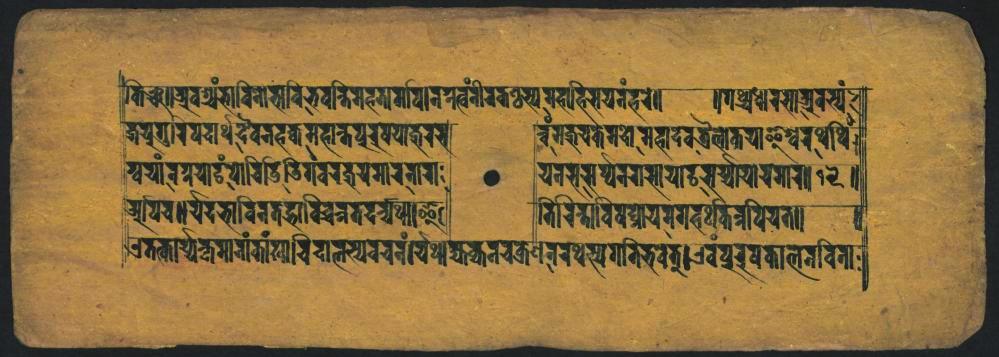
𑐟𑐶𑐘𑑂𑐔𑑌𑐊𑐰𑐱𑑂𑐫𑑄𑐨𑐵𑐰𑐶𑐱𑑀𑐳𑑂𑐳𑐰𑐶𑐨𑐰𑐣𑑂𑐲𑐶𑐩𑐴𑐣𑑂𑐥𑐬𑐩𑐰𑐵𑐣𑑂𑐳𑐟𑑂𑐰𑑄𑐐𑐷𑐬𑐟𑑂𑐰𑐳𑑂𑐫𑐩𑐟𑑂𑐰𑐵𑐴𑐶𑐮𑐫𑐣𑑄𑑂𑐴𑐬𑐾𑑌 𑐖𑐫𑐸𑐐𑑂𑐬𑑋𑐥𑐔𑐵𑐬𑑂𑐠𑐡𑐿𑐰𑐣𑐴𑐎𑑂𑐰𑐩𑐴𑐵𑐟𑑂𑐟𑐥𑐸𑐬𑐲𑐫𑐵𑐖𑐬𑐬 𑐩𑑂𑐧𑐫𑐵𑑄𑐐𑑂𑐬𑐫𑐵𑐝𑑄𑐥𑑀𑐬𑐶𑐡𑐸𑐶𑐡𑑂𑐜𑐶𑐐𑑄𑐰𑐬𑐎𑐹𑐫𑐩𑐵𑐬𑐣𑐵𑐐 𑐔𑐥𑐶𑐔𑑌𑐫𑐡𑐨𑐵𑐰𑐶𑐣𑐟𑐖𑑂𑐔𑐵𑐶𑐔𑐶𑐣𑑂𑐟𑐡𑑂𑐬𑑂𑐔𑑂𑐫𑐠𑐷𑑌𑐂 𑐊𑐟𑑂𑐟𑐵𑐬𑑂𑐫𑐎𑐩𑐵𑐬𑐵𑑄𑐟𑐵𑑄𑐏𑑂𑐵𑐔𑐶𑐡𑐵𑐮𑐳𑑂𑐫𑐔𑐔𑐣𑑄𑑋𑐫𑐶𑐠𑐵𑐎𑑂𑐫𑐎𑑂𑐰𑐣𑐔𑐎𑑂𑐬𑐾𑐞𑐣𑐬𑐠𑐳𑑂𑐫𑐐𑐟𑐶𑐨𑐰𑐟𑑂𑑋𑐊𑐰𑐥𑐸𑐬𑐲𑐎𑐵𑐮𑐣𑐰𑐶𑐣𑐵